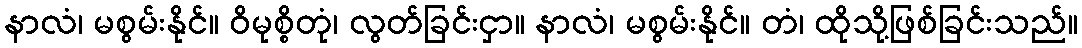
နာလံ၊ မစွမ်းနိုင်။ ဝိမုစ္စိတုံ၊ လွတ်ခြင်းငှာ။ နာလံ၊ မစွမ်းနိုင်။ တံ၊ ထိုသို့ဖြစ်ခြင်းသည်။